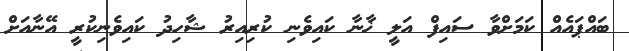
ބައްޕައެއް ކަމަށްވާ ސައިފް އަލީ ޚާނާ ކައިވެނި ކުރިއިރު ޝާހިދު ކައިވެނިކުރީ އޭނާއަށް